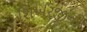
શિખરજીની